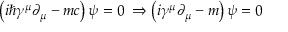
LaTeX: \left( i \hbar \gamma ^ { \mu } \partial _ { \mu } - m c \right) \psi = 0 \; \Rightarrow \left( i \gamma ^ { \mu } \partial _ { \mu } - m \right) \psi = 0